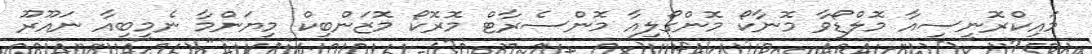
މައިކްރޮނީސިއާ މޮލްޑޯވާ މޮނާކޯ މޮންގޯލިއާ މޮންސެރާޓް މޮރޮކޯ މޮޒަންބިކް މިޔަންމާ ނެމީބިއާ ނައޫރޫ